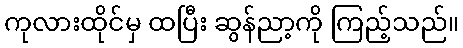
ကုလားထိုင်မှ ထပြီး ဆွန်ညာ့ကို ကြည့်သည်။